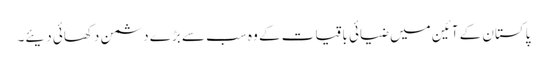
پاکستان کے آئین میں ضیائی باقیات کے وہ سب سے بڑے دشمن دکھائی دیئے۔